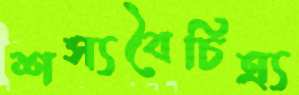
শস্যবৈচিত্র্য